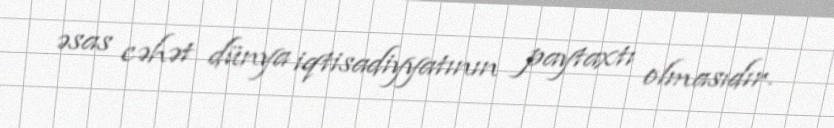
əsas cəhət dünya iqtisadiyyatının paytaxtı olmasıdır.